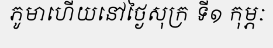
ភូមាហើយនៅថ្ងៃសុក្រ ទី១ កុម្ភៈ